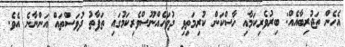
އެހެން ތަޖުރިބާއެއް: ބިރުވެރިކަމާއި ހާސްކަން ކުރިމަތިވި ދުވަހެއްނޫސްވެރިކަމުގައި ތަފާތު ދުވަސްތައް އަންނާނެ އެވެ.